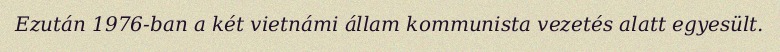
Ezután 1976-ban a két vietnámi állam kommunista vezetés alatt egyesült.